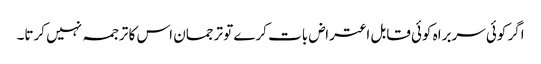
اگر کوئی سربراہ کوئی قابل اعتراض بات کرے تو ترجمان اس کا ترجمہ نہیں کرتا۔